Civil Veterinary Department. Central Provinces & Berar 1925-31 - 1925-1931
Year: 1925
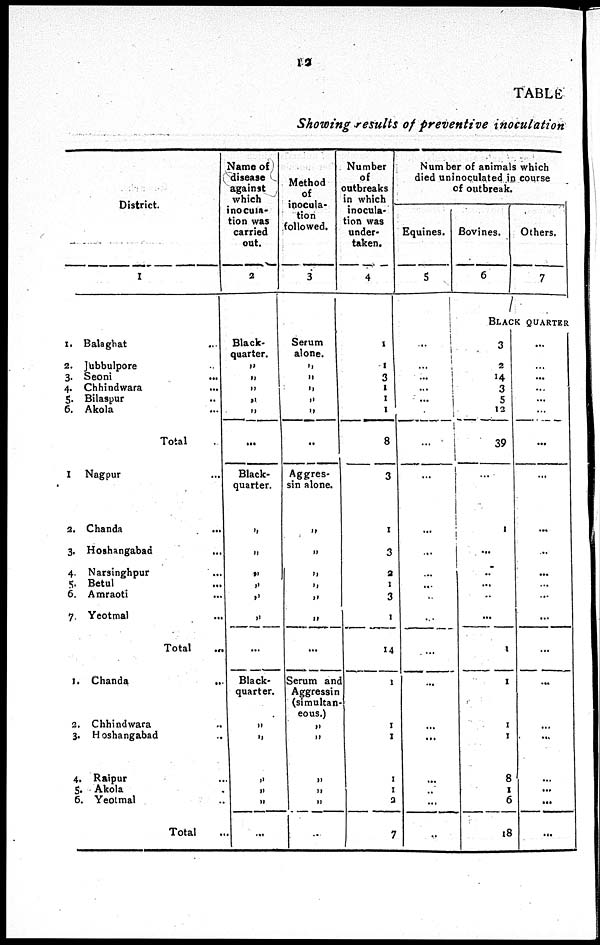
12
TABLE
Showing results of preventive
inoculation
District.
1
1. Balaghat
2. Jubbulpore
3. Seoni
4. Chhindwara
5. Bilaspur
6. Akola
1. Nagpur
2. Chanda
3. Hoshangabad
4. Narsinghpur
5. Betul
6. Amraoti
7. Yeotmal
1. Chanda
2. Chhindwara
3. Hoshangabad
4. Raipur
5. Akola
6. Yeotmal
...
...
...
...
..
...
Total ...
...
...
...
...
...
...
...
Total ...
...
...
...
...
...
...
Total ...
Name of
disease
against
which
inocula-
tion was
carried
out.
2
Black-
quarter.
„
„
„
„
„
...
Black-
quarter.
„
„
„
„
„
„
...
Black-
quarter.
„
„
„
„
„
...
Method
of
inocula-
tion
followed.
3
Serum
alone.
„
„
„
„
„
..
Aggres-
sin alone.
„
„
„
„
„
„
...
Serum and
Aggressin
(simultan
eous.)
„
„
„
„
„
..
Number
of
outbreaks
in which
inocula-
tion was
under-
taken.
4
1
1
3
1
1
1
8
3
1
3
2
1
3
1
14
1
1
1
1
1
3
7
Number of animals which
died uninoculated in course
of outbreak.
Equines.
5
...
... ...
...
...
...
...
..
...
...
...
...
...
...
...
...
...
...
..
...
...
...
Bovines.
6
Others.
7
BLACK QUARTER
3
2
14
3
5
12
39
...
1
...
..
...
...
...
1
1
1
1
8
1
6
18
...
...
...
...
...
...
...
...
...
...
...
...
...
...
...
...
...
...
...
...
...
...